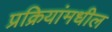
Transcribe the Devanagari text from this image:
प्रक्रियांमधील